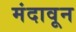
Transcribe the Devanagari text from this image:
मंदावून